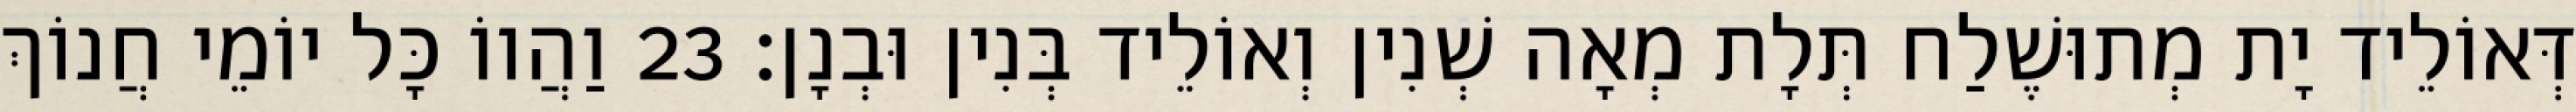
דְּאוֹלֵיד יָת מְתוּשֶׁלַח תְּלָת מְאָה שְׁנִין וְאוֹלֵיד בְּנִין וּבְנָן׃ 23 וַהֲווֹ כָּל יוֹמֵי חֲנוֹךְ